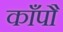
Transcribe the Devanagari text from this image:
काँपौ